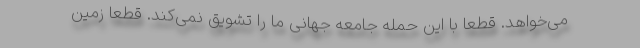
می‌خواهد. قطعا با این حمله جامعه جهانی ما را تشویق نمی‌کند. قطعا زمین